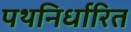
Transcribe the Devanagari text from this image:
पथनिर्धारित